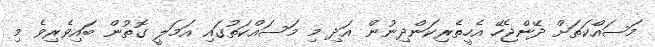
މަސައްކަތަށް ދޭންޖެހޭ އެހީތެރިކަންދިނުން އަދި މި މަސައްކަތުގައި އަމަލީ ގޮތުން ބައިވެރިވެ މި